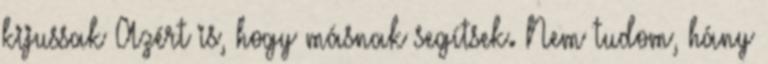
kijussak Azért is, hogy másnak segítsek. Nem tudom, hány